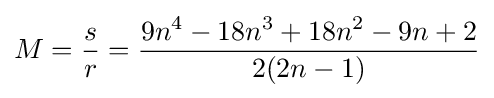
M={s \over {r}}={9n^{4}-18n^{3}+18n^{2}-9n+2 \over {2(2n-1)}}